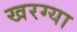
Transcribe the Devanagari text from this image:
खरग्या